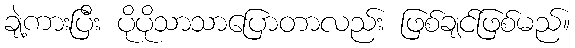
ချဲ့ကားပြီး ပိုပိုသာသာပြောတာလည်း ဖြစ်ချင်ဖြစ်မည်။